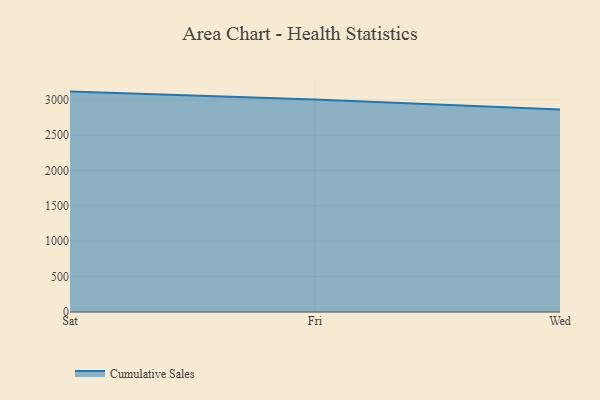
{"axis": {"x": "Day", "y": "Page Views"}, "legend": ["Cumulative Sales"], "data": [{"x": "Sat", "y": 3116.6, "type": "Cumulative Sales"}, {"x": "Fri", "y": 3004.8, "type": "Cumulative Sales"}, {"x": "Wed", "y": 2862.2, "type": "Cumulative Sales"}]}